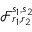
\mathcal { F } _ { r _ { 1 } , r _ { 2 } } ^ { s _ { 1 } , s _ { 2 } }